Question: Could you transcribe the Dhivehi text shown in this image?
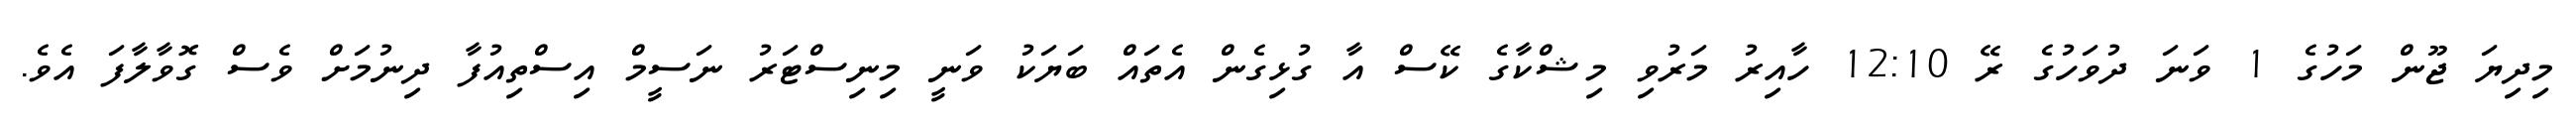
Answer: މިދިޔަ ޖޫން މަހުގެ 1 ވަނަ ދުވަހުގެ ރޭ 12:10 ހާއިރު މަރުވި މިޝްކާގެ ކޭސް އާ ގުޅިގެން އެތައް ބަޔަކު ވަނީ މިނިސްޓަރު ނަސީމް އިސްތިއުފާ ދިނުމަށް ވެސް ގޮވާލާފަ އެވެ.